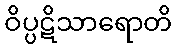
ဝိပ္ပဋိသာရောတိ